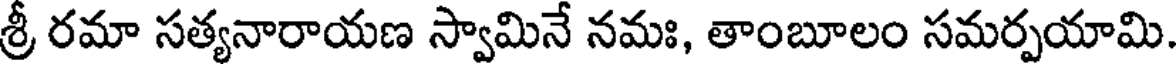
శ్రీ రమా సత్యనారాయణ స్వామినే నమః, తాంబూలం సమర్పయామి.